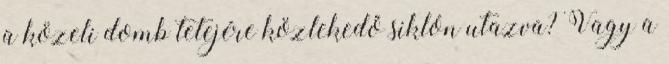
a közeli domb tetejére közlekedő siklón utazva? Vagy a